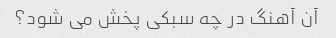
آن آهنگ در چه سبکی پخش می شود؟